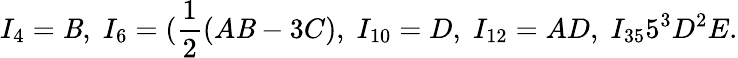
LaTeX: I_{4}=\mathit{B},\; I_{6}=(\frac{{1}}{{2}}(A\mathit{B}-3C),\; I_{10}=D,\; I_{12}=AD,\; I_{35}5^{3}D^{2}E.